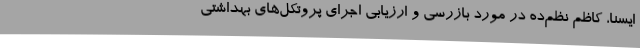
ایسنا، کاظم نظم‌ده در مورد بازرسی و ارزیابی اجرای پروتکل‌های بهداشتی